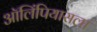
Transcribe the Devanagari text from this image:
ऑलिंपियासला